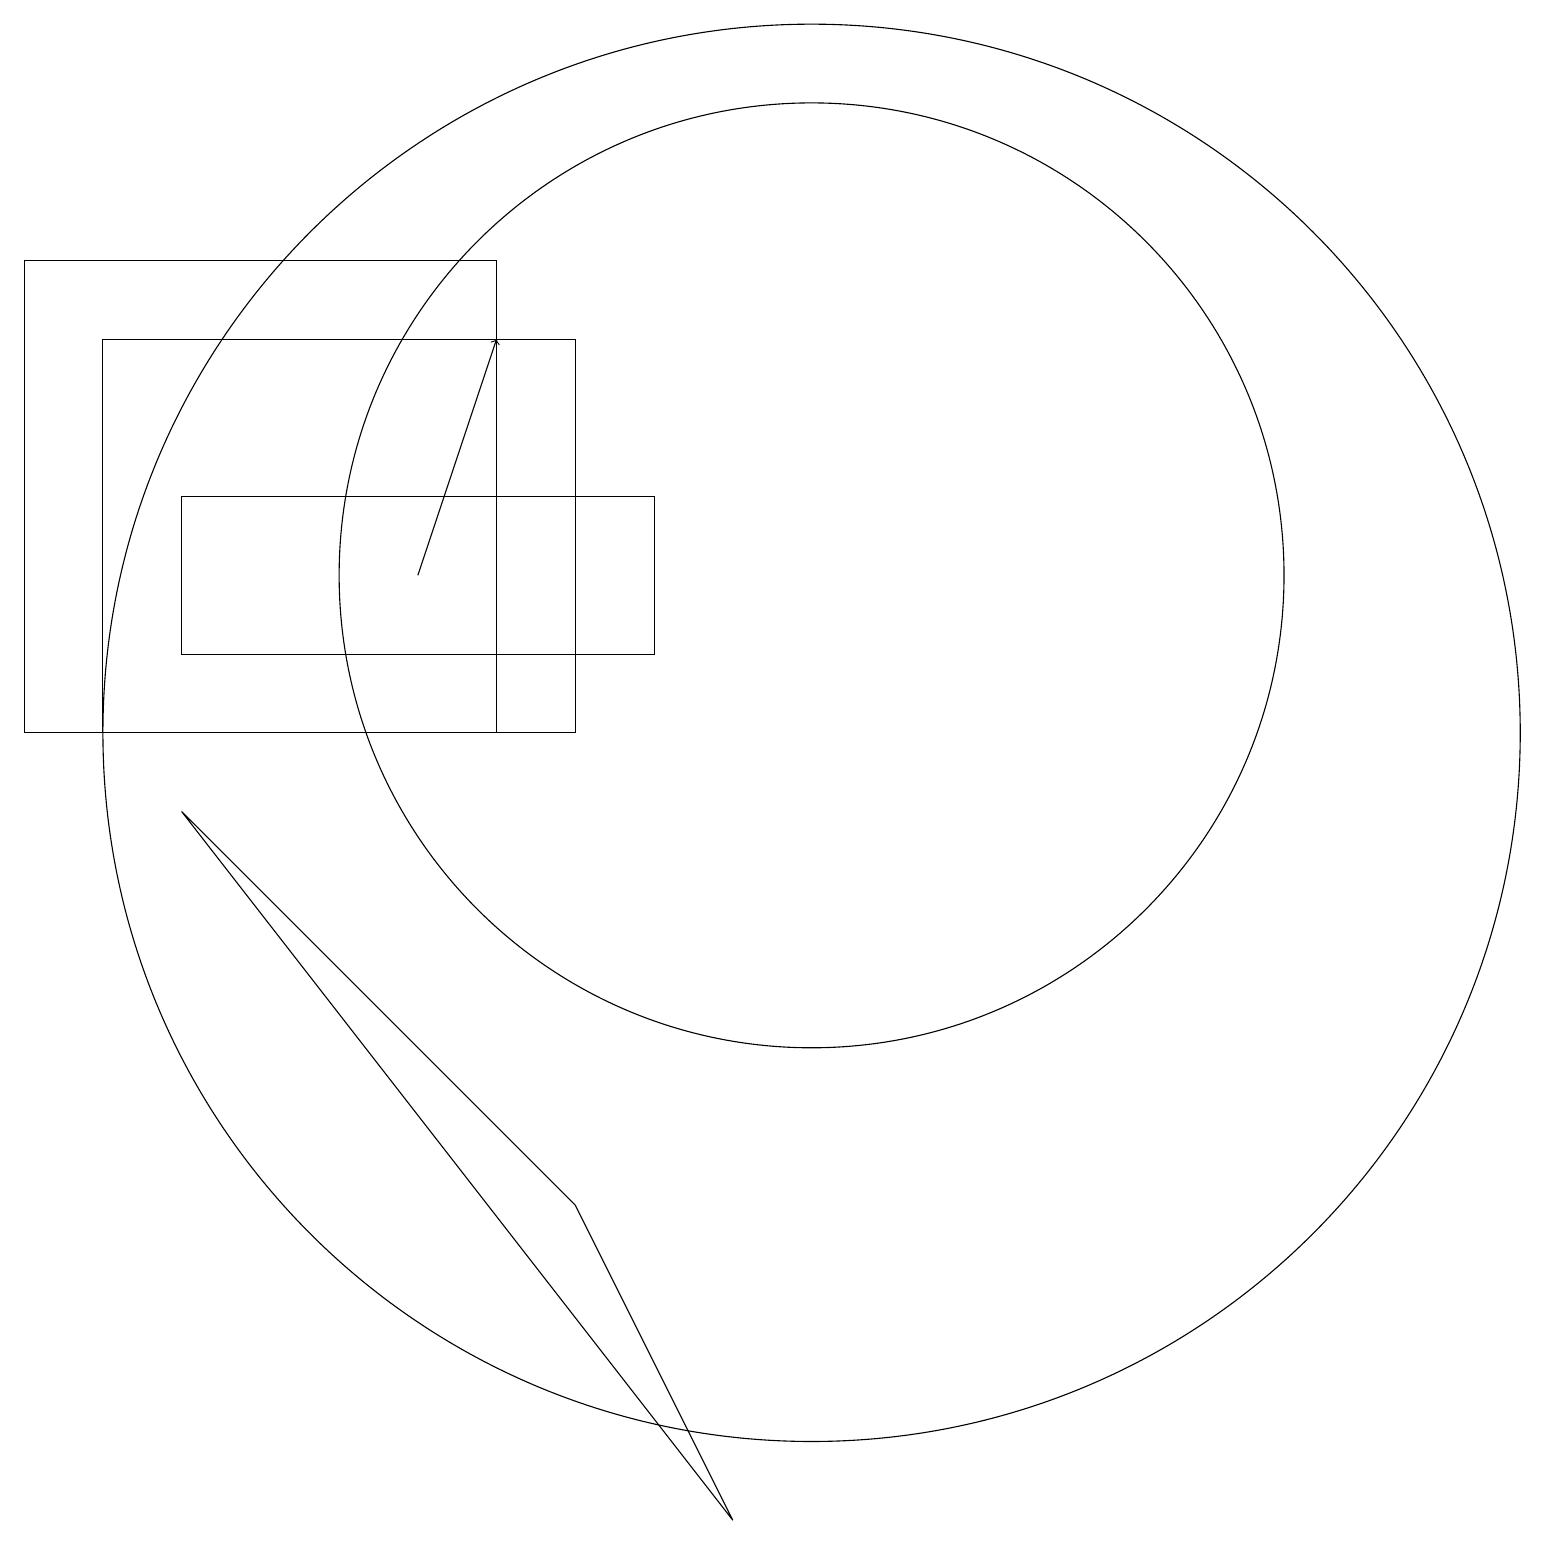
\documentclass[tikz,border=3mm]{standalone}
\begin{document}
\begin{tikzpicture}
\draw (1,15) rectangle (7,10);
\draw (8,11) rectangle (2,13);
\draw (0,16) rectangle (6,10);
\draw (6,12) rectangle (6,12);
\draw (10,10) circle (9);
\draw[->] (5,12) -- (6,15);
\draw (2,9) -- (9,0) -- (7,4) -- cycle;
\draw (10,12) circle (6);
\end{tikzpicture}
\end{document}